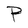
Character: P